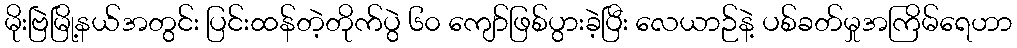
မိုးဗြဲမြို့နယ်အတွင်း ပြင်းထန်တဲ့တိုက်ပွဲ ၆၀ ကျော်ဖြစ်ပွားခဲ့ပြီး လေယာဉ်နဲ့ ပစ်ခတ်မှုအကြိမ်ရေဟာ